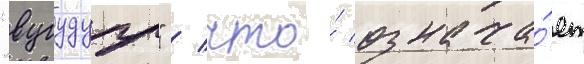
"вугудугу" / что́ означа́ет